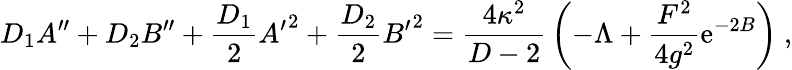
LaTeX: D_{1}A^{\prime\prime}+D_{2}B^{\prime\prime}+{\frac{D_{1}}{2}}{A^{\prime}}^{2}+{\frac{D_{2}}{2}}{B^{\prime}}^{2}={\frac{4\kappa^{2}}{D-2}}\left(-\Lambda+{\frac{F^{2}}{4g^{2}}}\mathrm{e}^{-2B}\right)~,